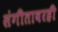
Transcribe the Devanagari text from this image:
संगीतावरही